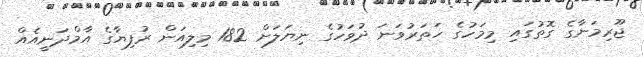
ޖޫރިމަނާގެ ގޮތުގައި މިމަހުގެ ހަތަރުވަނަ ދުވަހުގެ ނިޔަލަށް 182 މިލިއަން ރުފިޔާގެ އާމްދަނީއެއް